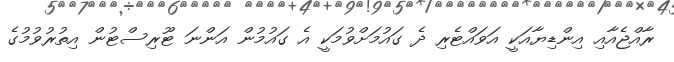
ރާއްޖެއާއި އިންޑިޔާއަކީ އަވައްޓެރި ދެ ގައުމަށްވުމަކީ އެ ގައުމުން އަންނަ ޓޫރިސްޓުން އިތުރުވުމުގެ